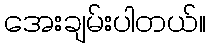
အေးချမ်းပါတယ်။